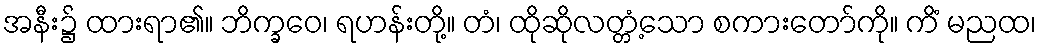
အနီး၌ ထားရာ၏။ ဘိက္ခဝေ၊ ရဟန်းတို့။ တံ၊ ထိုဆိုလတ္တံ့သော စကားတော်ကို။ ကိံ မညထ၊